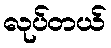
လုပ်တယ်